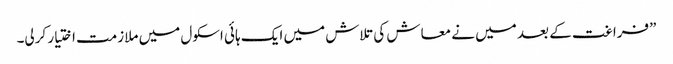
”فراغت کے بعد میں نے معاش کی تلاش میں ایک ہائی اسکول میں ملازمت اختیار کرلی۔